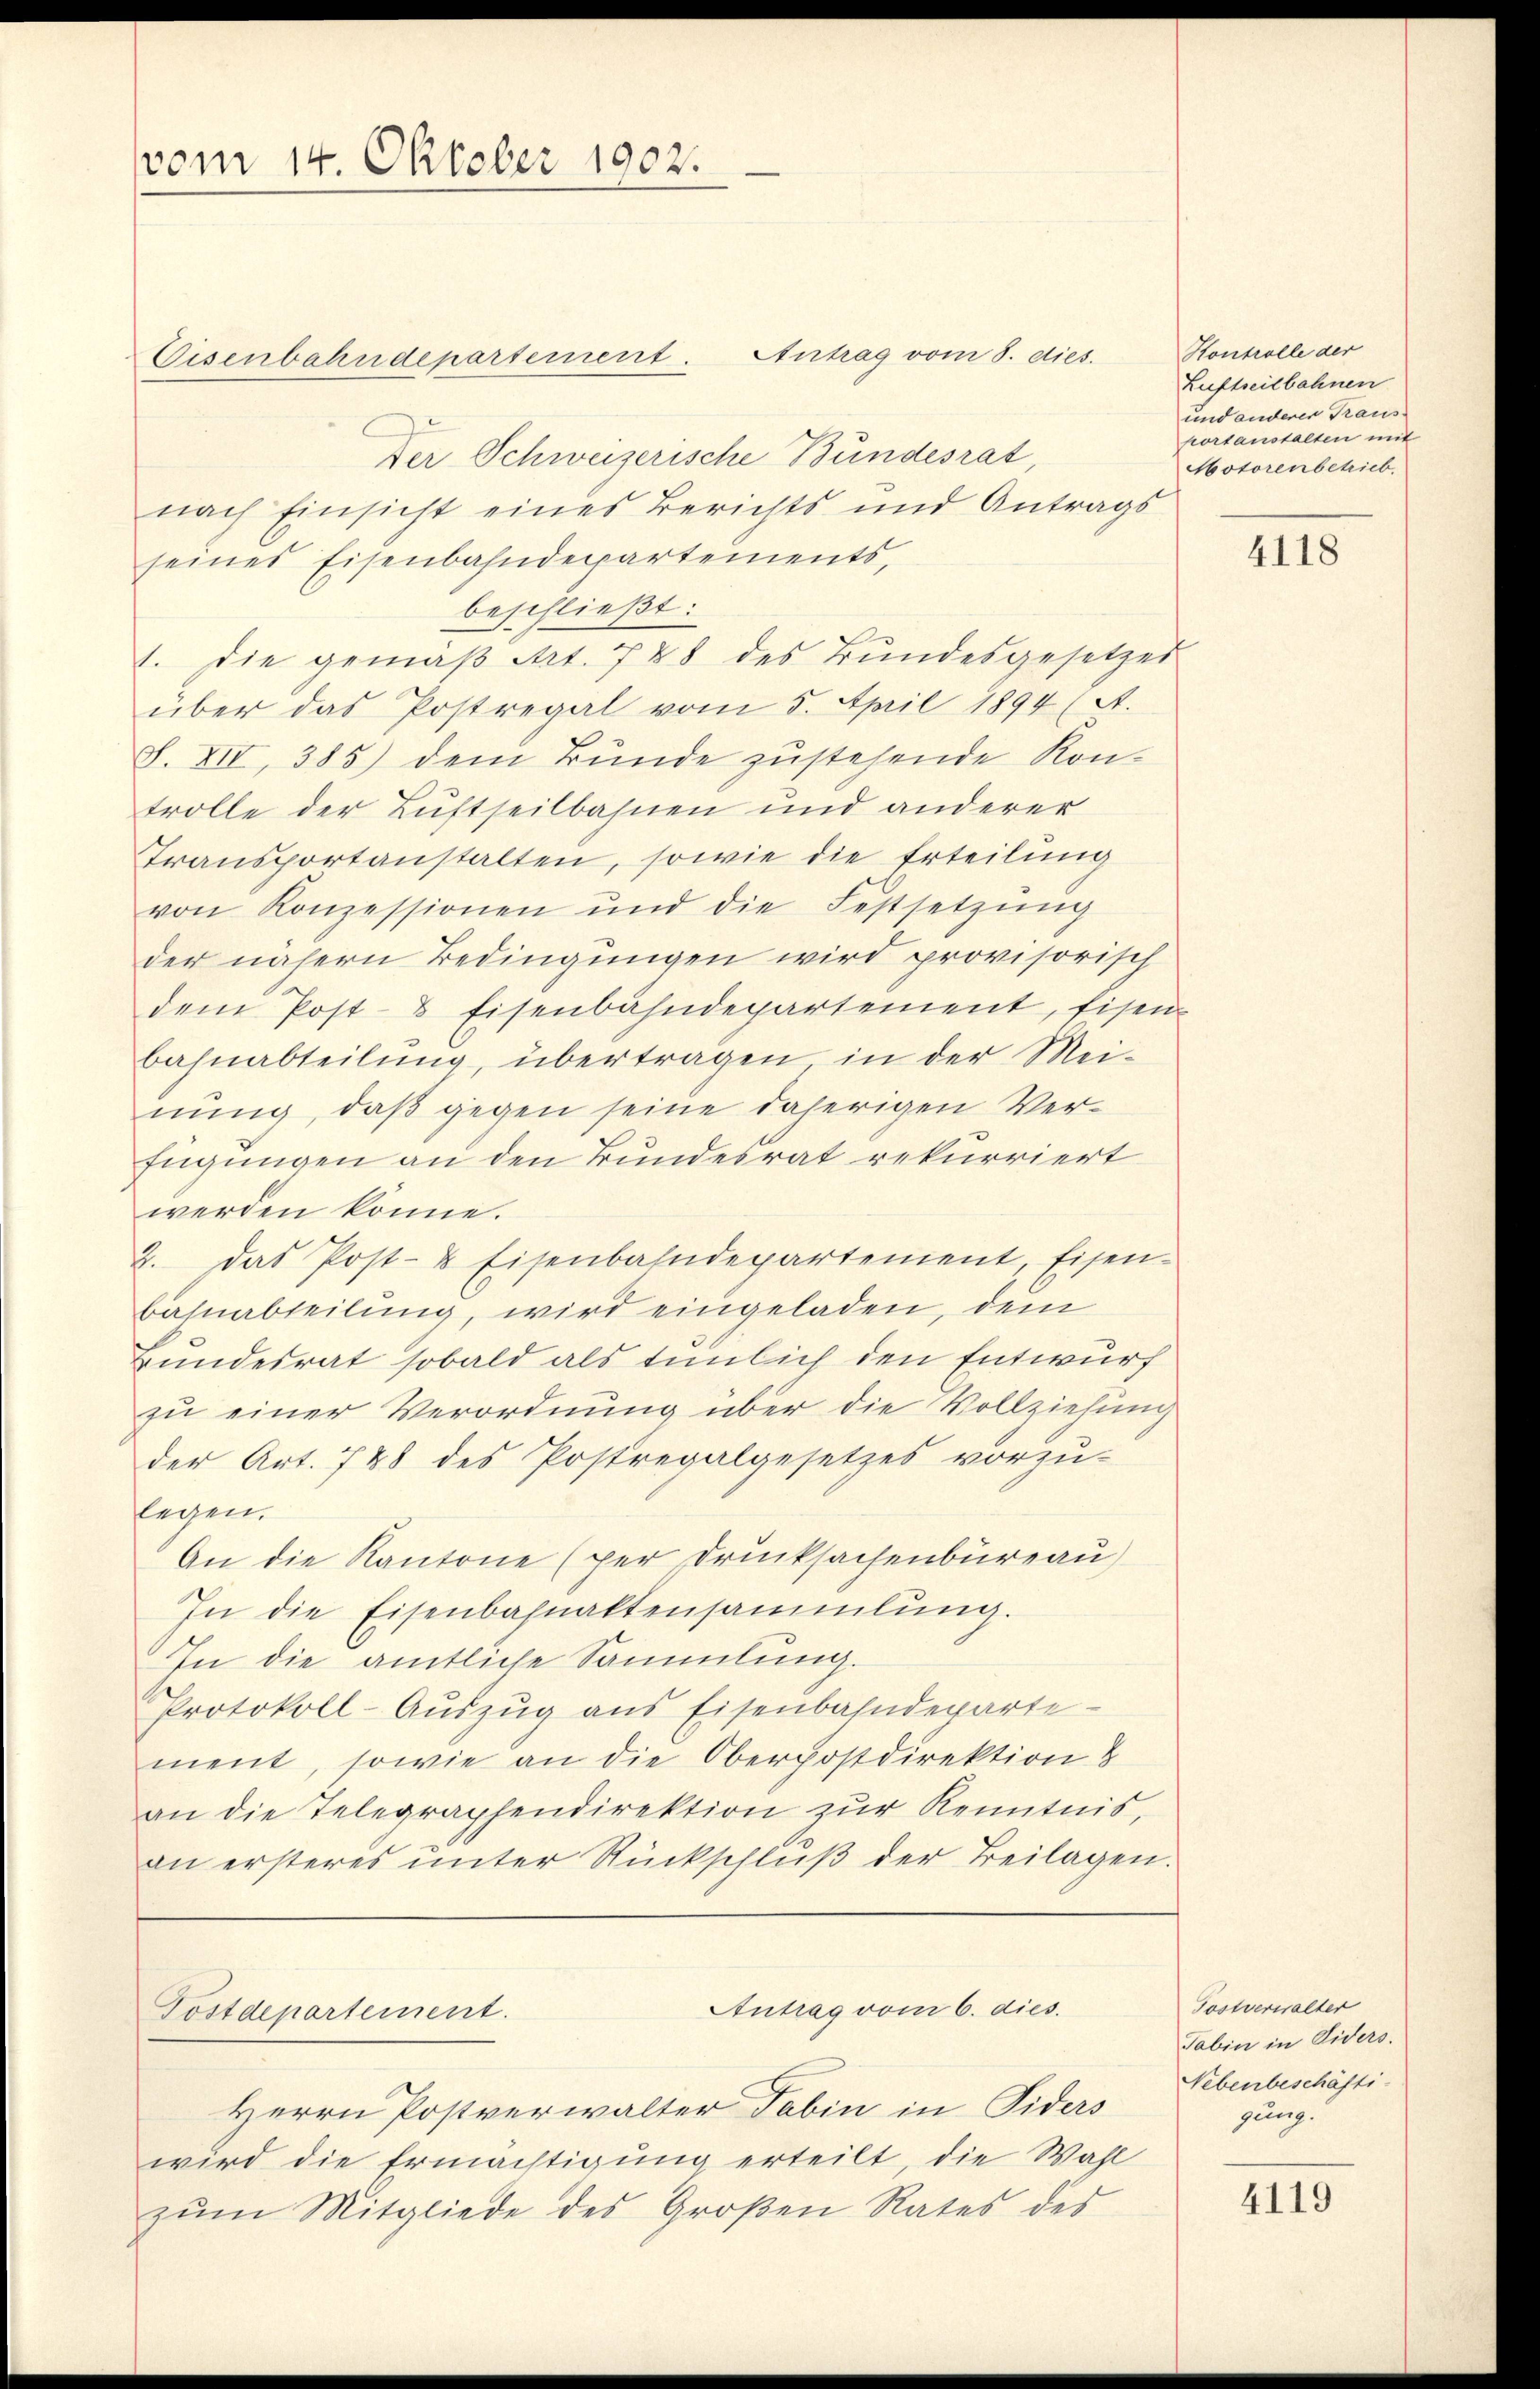
vom 14. Oktober 1902.

Visenbahndepartement. Antrag vom 8. dies
Der Schweizerische Bundesrat
nach Einsicht eines Berichts und Antrags
seines Eisenbahndepartements,
beschließt:
1. die gemäβ Art. 788 des Bŭndesgesetzes
über das Postregal vom 5. April 1894 (A.
S. XII, 385) dem Bunde zustehende Kon-
trolle der Luftheilbahnen und anderer
Transportanstalten, sowie die Erteilung
von Konzessionen und die Festsetzŭng
der nähern Bedingungen wird provisorisch
dem Post- & Eisenbahndepartement, Eisen
bahnabteilung, übertragen in der Mei-
nung, daß gegen seine daherigen Verfügungen an den Bundesrat rekurriert
werden könne.
2. Das Post- & Eisenbahndepartement, Eisen-
bahnabteilung, wird eingeladen, dem
Bundesrat sobald als tümlich den Entwurf
zu einer Verordnung über die Vollziehung
der Art. 748 des Postregalgesetzes vorzu-
legen.
An die Kantone (per Drucksachenbüreau)
In die Eisenbahnaktensammlung.
In die amtliche Sammlung.
Protokoll-Aŭszŭg ans Eisenbahndeparte
ment, sowie an die Oberpostdirektion
an die Telegraphendirektion zŭr Kenntnis,
an ersteres ŭnter Rückschlŭβ der Beilagen.
Antrag vom 6. dies.
Postdepartement.
Herrn Postverwalter Tabin in Siders
wird die Ermächtigung erteilt, die Wahl
zŭm Mitgliede des Großen Rates des

Kontrolle der
Luftseitbahnen
und anderer Traus
portanstalten mit
Motorenbetrieb.

4118

Tostverwalter
Tabin in Siders.
Nebenbeschäfti-
gung.

4119